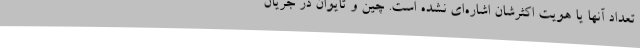
تعداد آنها یا هویت اکثرشان اشاره‌ای نشده است. چین و تایوان در جریان